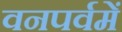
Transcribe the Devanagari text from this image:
वनपर्वमें